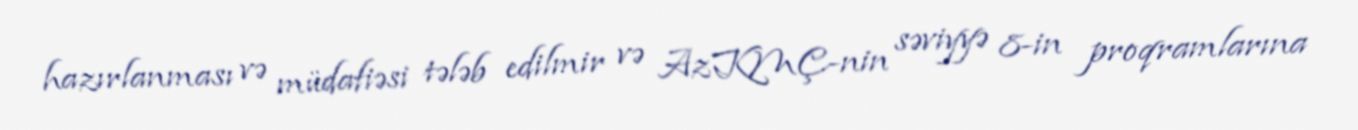
hazırlanması və müdafiəsi tələb edilmir və AzKMÇ-nin səviyyə 8-in proqramlarına